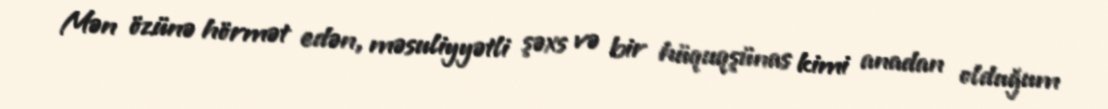
Mən özünə hörmət edən, məsuliyyətli şəxs və bir hüquqşünas kimi anadan olduğum